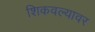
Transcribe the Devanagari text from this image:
शिकवल्यावर